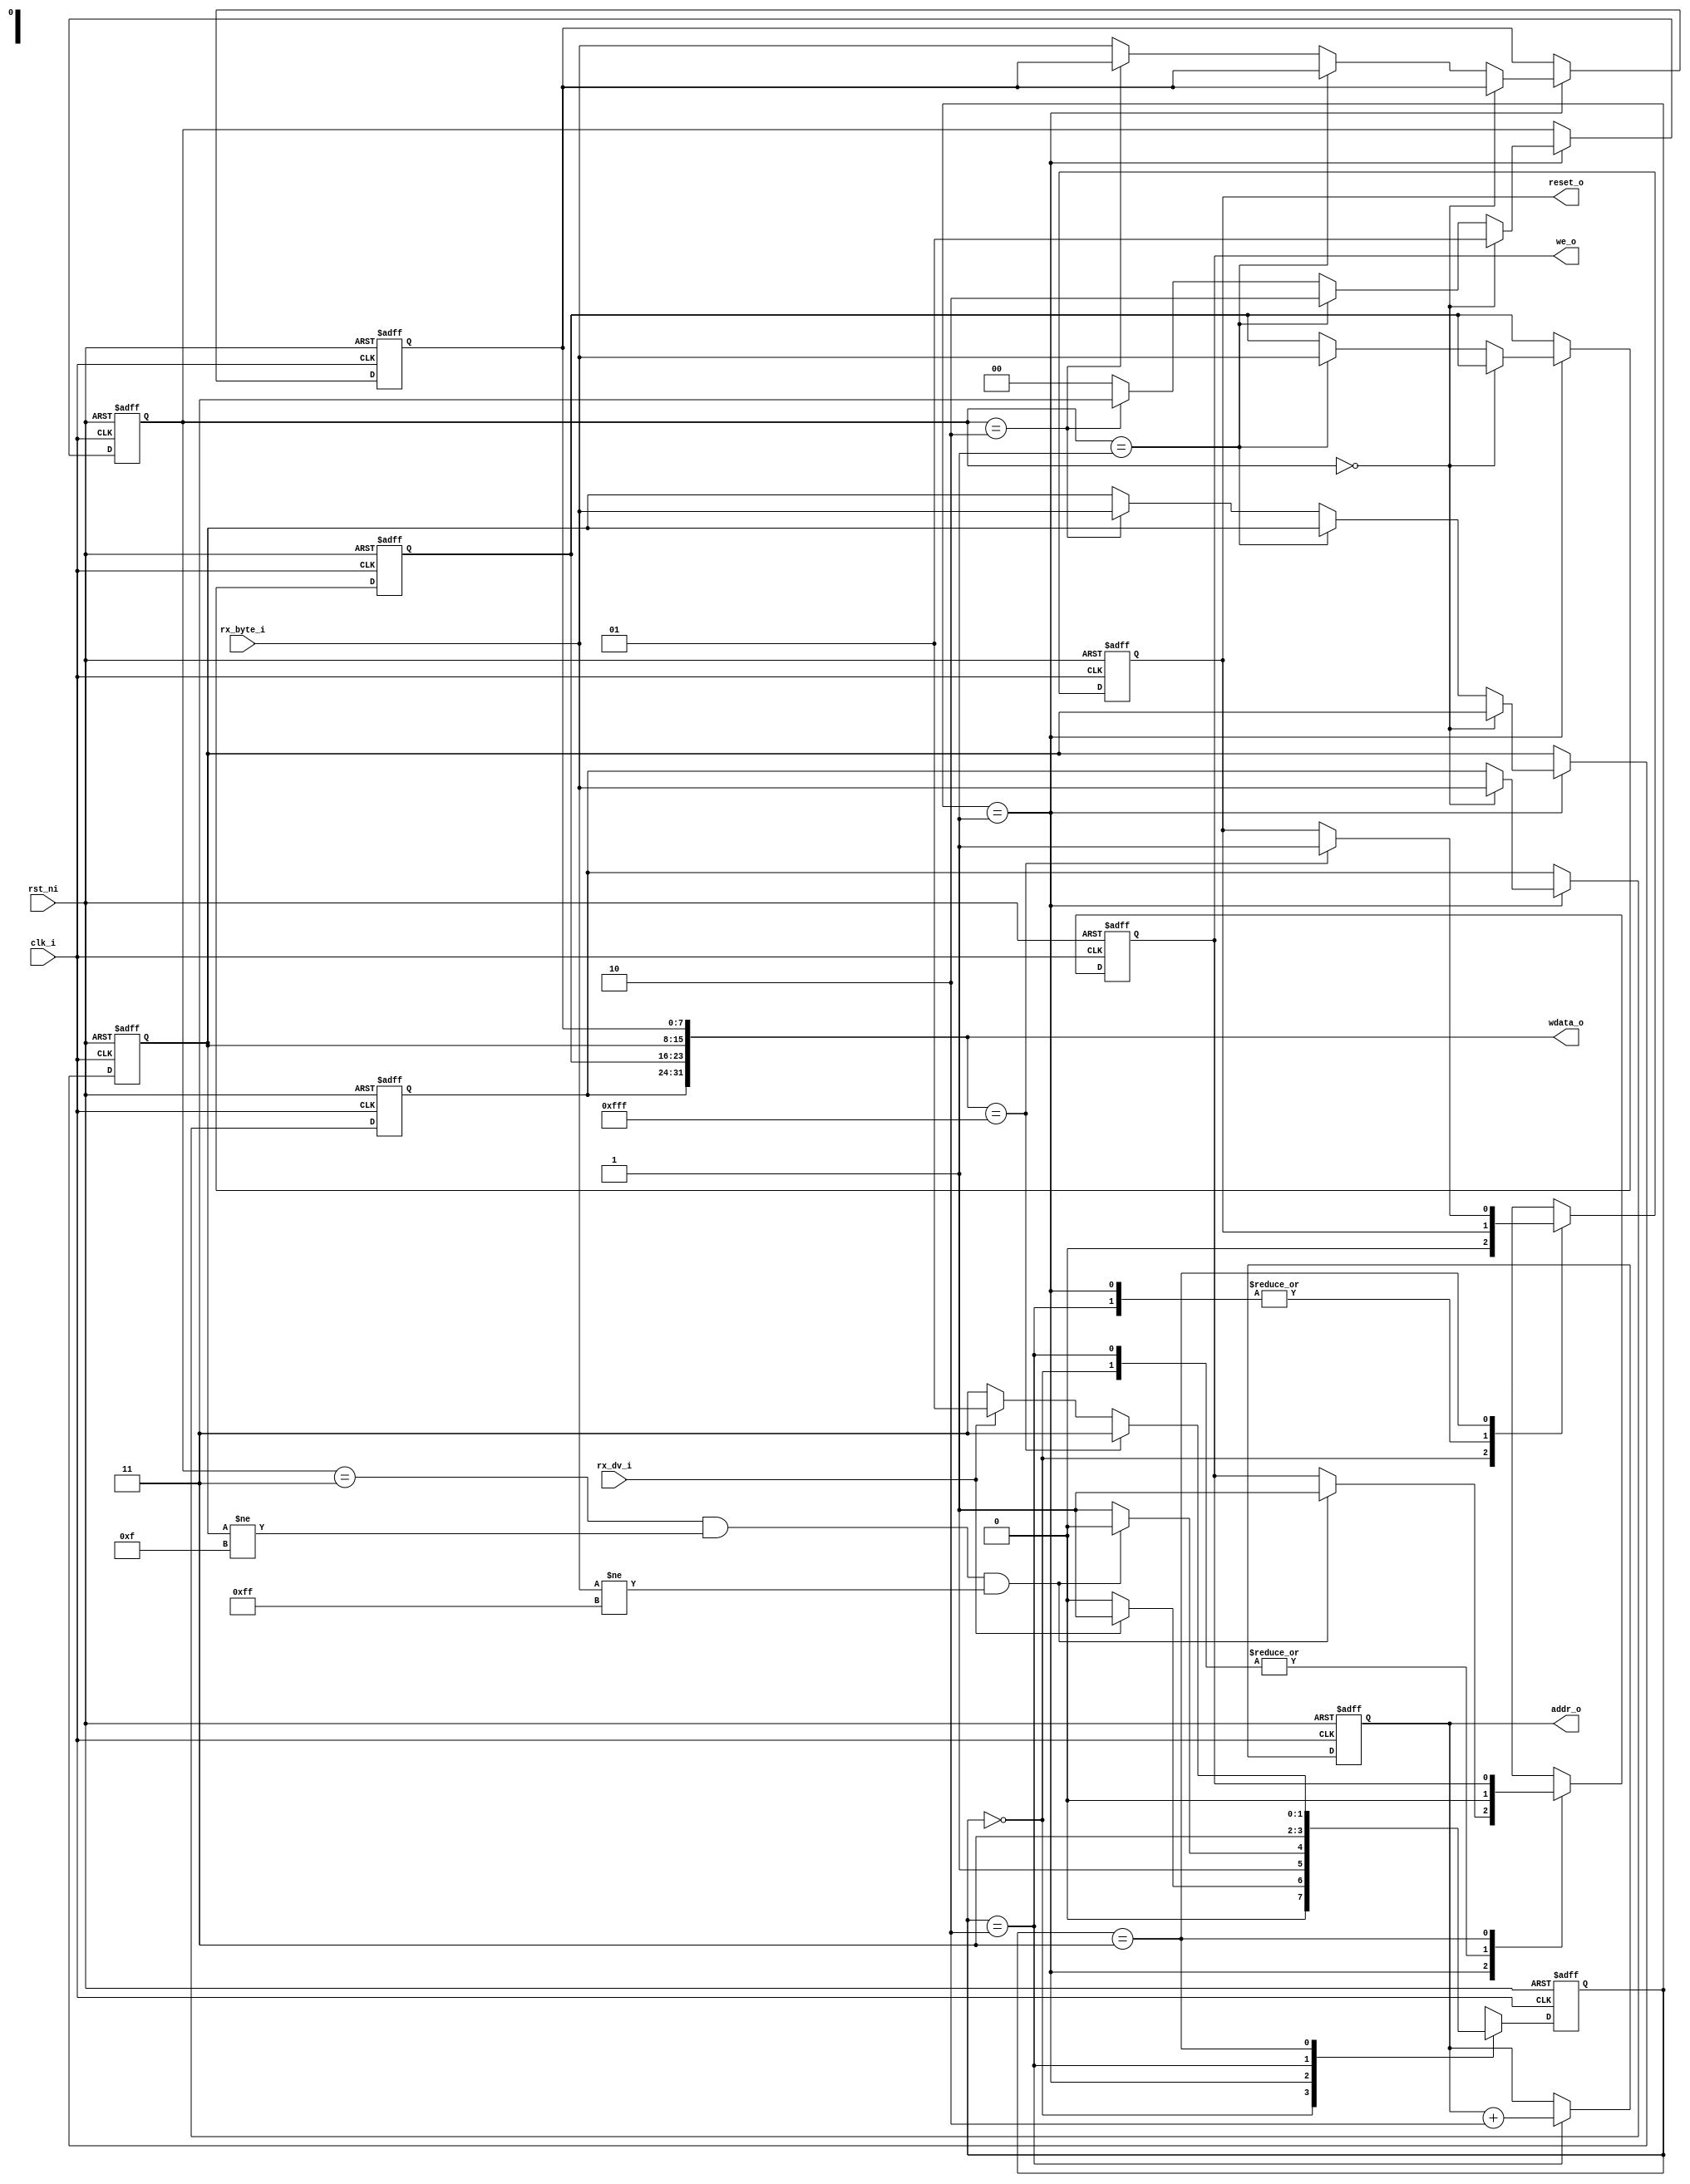
// Licensed under the Apache License, Version 2.0, see LICENSE for details.
// SPDX-License-Identifier: Apache-2.0

module eb1_iccm_controller (
	clk_i,
	rst_ni,
	rx_dv_i,
	rx_byte_i,
	we_o,
	addr_o,
	wdata_o,
	reset_o
);
	input wire clk_i;
	input wire rst_ni;
	input wire rx_dv_i;
	input wire [7:0] rx_byte_i;
	output wire we_o;
	output wire [13:0] addr_o;
	output wire [31:0] wdata_o;
	output wire reset_o;
	reg [1:0] ctrl_fsm_cs;
	reg [1:0] ctrl_fsm_ns;
	wire [7:0] rx_byte_d;
	reg [7:0] rx_byte_q0;
	reg [7:0] rx_byte_q1;
	reg [7:0] rx_byte_q2;
	reg [7:0] rx_byte_q3;
	reg we_q;
	reg we_d;
	reg [13:0] addr_q;
	reg [13:0] addr_d;
	reg reset_q;
	reg reset_d;
	reg [1:0] byte_count;
	localparam [1:0] DONE = 3;
	localparam [1:0] LOAD = 1;
	localparam [1:0] PROG = 2;
	localparam [1:0] RESET = 0;
	always @(*) begin
		we_d = we_q;
		addr_d = addr_q;
		reset_d = reset_q;
		ctrl_fsm_ns = ctrl_fsm_cs;
		case (ctrl_fsm_cs)
			RESET: begin
				we_d = 1'b0;
				reset_d = 1'b0;
				if (rx_dv_i)
					ctrl_fsm_ns = LOAD;
				else
					ctrl_fsm_ns = RESET;
			end
			LOAD:
				if (((byte_count == 2'b11) && (rx_byte_q2 != 8'h0f)) && (rx_byte_d != 8'hff)) begin
					we_d = 1'b1;
					ctrl_fsm_ns = PROG;
				end
				else
					ctrl_fsm_ns = DONE;
			PROG: begin
				we_d = 1'b0;
				ctrl_fsm_ns = DONE;
			end
			DONE:
				if (wdata_o == 32'h00000fff) begin
					ctrl_fsm_ns = DONE;
					reset_d = 1'b1;
				end
				else if (rx_dv_i)
					ctrl_fsm_ns = LOAD;
				else
					ctrl_fsm_ns = DONE;
			//default: ctrl_fsm_ns = RESET;
		endcase
	end
	assign rx_byte_d = rx_byte_i;
	assign we_o = we_q;
	assign addr_o = addr_q;
	assign wdata_o = {rx_byte_q0, rx_byte_q1, rx_byte_q2, rx_byte_q3};
	assign reset_o = reset_q;
	always @(posedge clk_i or negedge rst_ni)
		if (!rst_ni) begin
			we_q <= 1'b0;
			addr_q <= 14'b00000000000000;
			rx_byte_q0 <= 8'b00000000;
			rx_byte_q1 <= 8'b00000000;
			rx_byte_q2 <= 8'b00000000;
			rx_byte_q3 <= 8'b00000000;
			reset_q <= 1'b0;
			byte_count <= 2'b00;
			ctrl_fsm_cs <= RESET;
		end
		else begin
			we_q <= we_d;
			if (ctrl_fsm_cs == LOAD) begin
				if (byte_count == 2'b00) begin
					rx_byte_q0 <= rx_byte_d;
					byte_count <= 2'b01;
				end
				else if (byte_count == 2'b01) begin
					rx_byte_q1 <= rx_byte_d;
					byte_count <= 2'b10;
				end
				else if (byte_count == 2'b10) begin
					rx_byte_q2 <= rx_byte_d;
					byte_count <= 2'b11;
				end
				else begin
					rx_byte_q3 <= rx_byte_d;
					byte_count <= 2'b00;
				end
				addr_q <= addr_d;
			end
			if (ctrl_fsm_cs == PROG)
				addr_q <= addr_d + 2'h2;
			reset_q <= reset_d;
			ctrl_fsm_cs <= ctrl_fsm_ns;
		end
endmodule